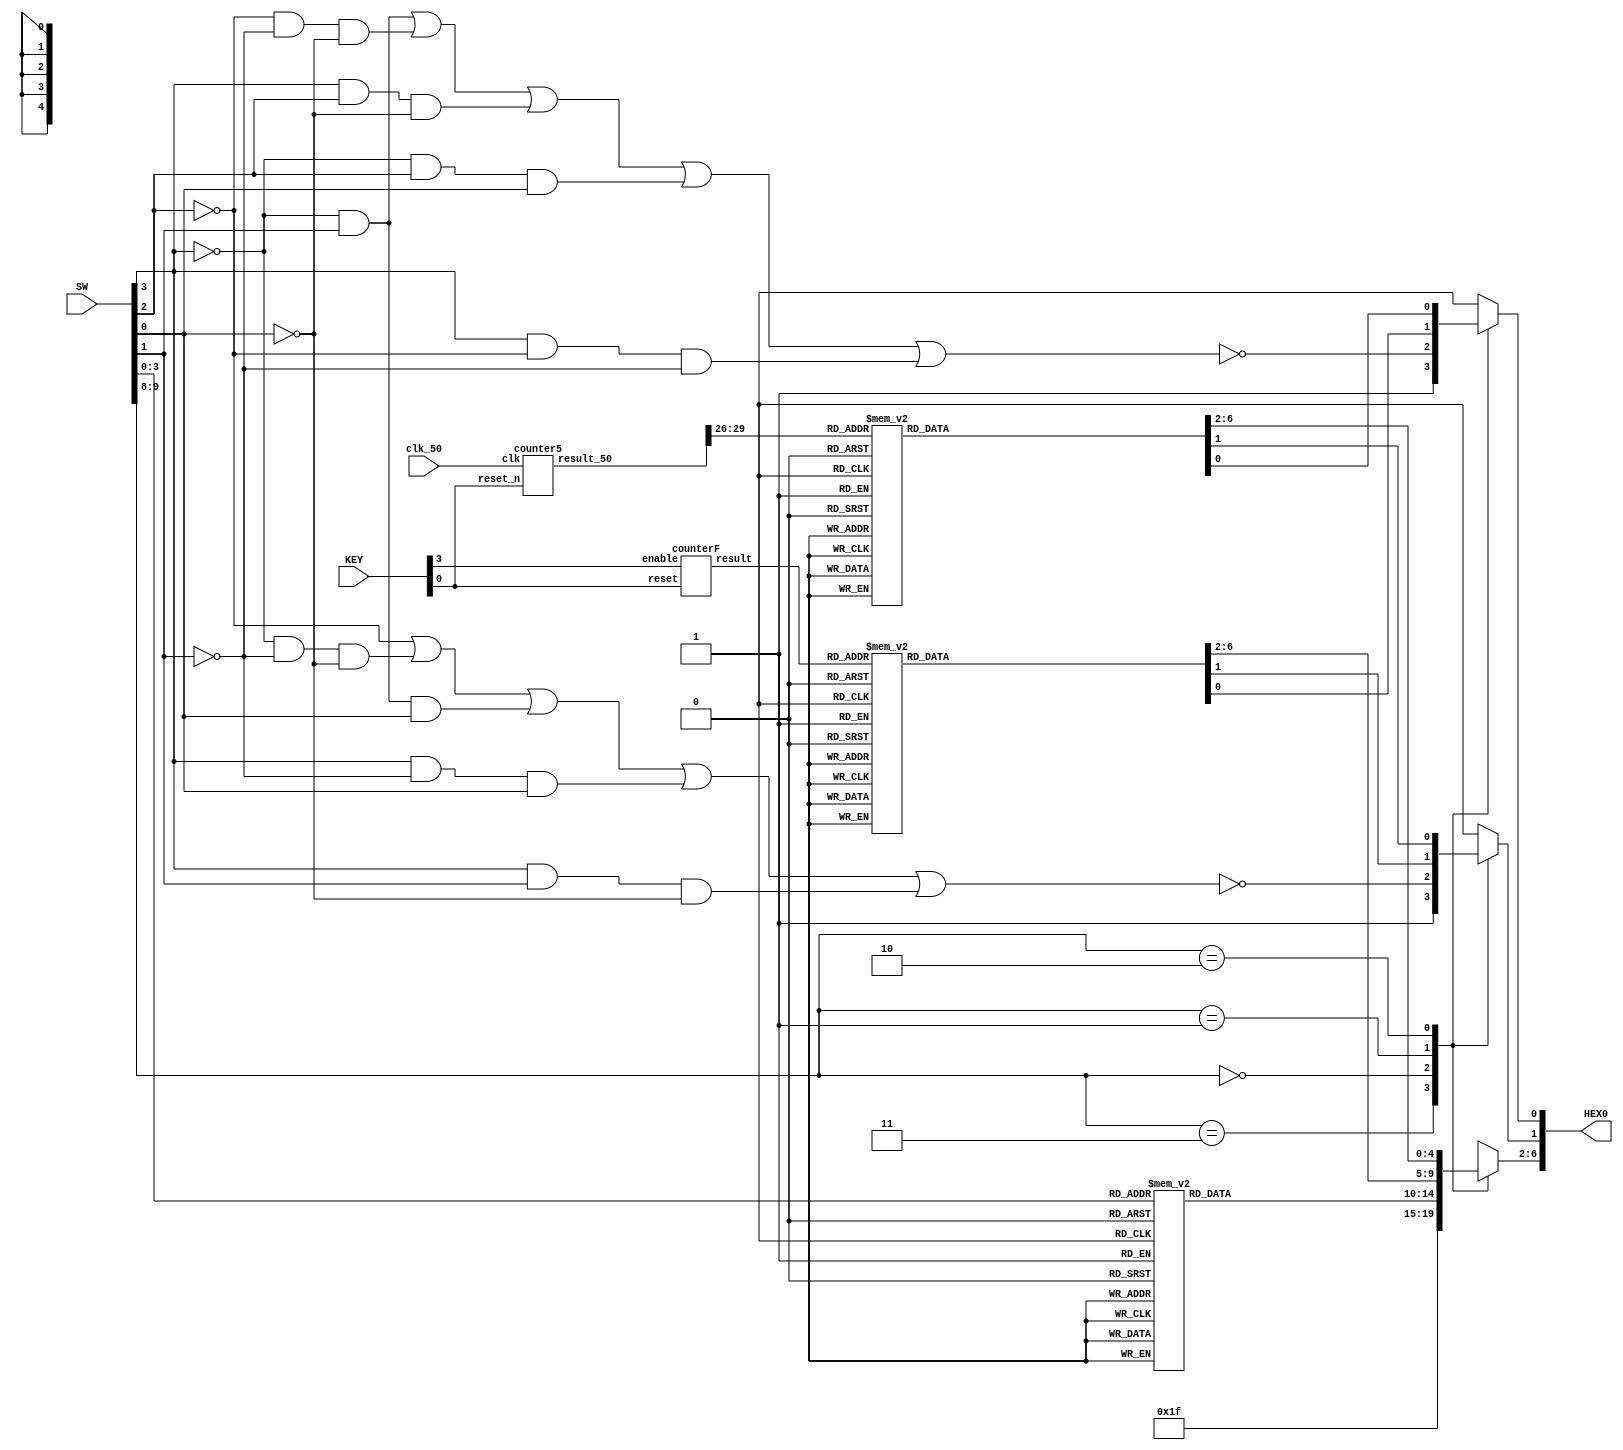
module lab1part3 (input[9:0]SW,input[3:0]KEY,input clk_50,output[6:0] HEX0);
	reg [6:0] reg_LEDs;
	assign HEX0[6:0]=reg_LEDs[6:0];
	wire [3:0] countFour; 		// saves the number of key 3 pressed
	wire [29:0] countFif;      // saves the number of  CLOCK_50 count
	
	counterF count1(.reset(KEY[0]), .enable(KEY[3]), .result(countFour));// call the module
	counter5 count2(.clk(clk_50), .reset_n(KEY[0]),.result_50(countFif));// call the module
	
	
	always@(*)
	begin
		case(SW[9:8])
		
			//SW8 and SW9 both on,HEX shows off.
			2'b11: reg_LEDs[6:0]=7'b1111111;
			
			//SW8 &SW9 both off, show seven segement
			2'b00:
					begin
					reg_LEDs[0]= ~(((~SW[3])&SW[1]) | ((~SW[2])&(~SW[1])&(~SW[0])) | (SW[3]&SW[2]&(~SW[0])) | ((~SW[3])&SW[2]&SW[0]) | (SW[3]&(~SW[2])&(~SW[1])));
					reg_LEDs[1]= ~((~SW[2]) | ((~SW[3])&(~SW[1])&(~SW[0])) | ((~SW[3])&SW[1]&SW[0]) | (SW[3]&(~SW[1])&SW[0]) | (SW[3]&SW[1]&(~SW[0])));						
						/*Output 0= AC +BCD+ ABD+ABD+ABC
						  Output 1= B+ACD + ACD+ AC'D+ACD*/
						
						case (SW[3:0])
							4'b0000: reg_LEDs[6:2]=5'b10000; //7b1000000 decimal 0
							4'b0001: reg_LEDs[6:2]=5'b11110; //7b1111001 decimal 1
							4'b0010: reg_LEDs[6:2]=5'b01001; //7b0100100 decimal 2
							4'b0011: reg_LEDs[6:2]=5'b01100; //7b0110000 decimal 3
							4'b0100: reg_LEDs[6:2]=5'b00110; //7b0011001 decimal 4
							4'b0101: reg_LEDs[6:2]=5'b00100; //7b0010010 decimal 5
							4'b0110: reg_LEDs[6:2]=5'b00000; //7b0000010 decimal 6
							4'b0111: reg_LEDs[6:2]=5'b11110; //7b1111000 decimal 7
							4'b1000: reg_LEDs[6:2]=5'b00000; //7b0000000 decimal 8
							4'b1001: reg_LEDs[6:2]=5'b00100; //7b0010000 decimal 9
							4'b1010: reg_LEDs[6:2]=5'b00100; //7b0010001 decimal y
							4'b1011: reg_LEDs[6:2]=5'b11110; //7b1111001 decimal i
							4'b1100: reg_LEDs[6:2]=5'b00001; //7b0000110 decimal m
							4'b1101: reg_LEDs[6:2]=5'b11110; //7b1111001 decimal i
							4'b1110: reg_LEDs[6:2]=5'b10010; //7b1001000 decimal n
							4'b1111: reg_LEDs[6:2]=5'b11111; //7b1111111 decimal OFF

						endcase
					end
					
			//SW8 is on, SW9 is off,press KEY[3] to count numbers
			2'b01:
					begin		
						case (countFour[3:0])
							4'b0000: reg_LEDs[6:0]=7'b1000000; //decimal 0
							4'b0001: reg_LEDs[6:0]=7'b1111001; //decimal 1
							4'b0010: reg_LEDs[6:0]=7'b0100100; //decimal 2
							4'b0011: reg_LEDs[6:0]=7'b0110000; //decimal 3
							4'b0100: reg_LEDs[6:0]=7'b0011001; //decimal 4
							4'b0101: reg_LEDs[6:0]=7'b0010010; //decimal 5
							4'b0110: reg_LEDs[6:0]=7'b0000010; //decimal 6
							4'b0111: reg_LEDs[6:0]=7'b1111000; //decimal 7
							4'b1000: reg_LEDs[6:0]=7'b0000000; //decimal 8
							4'b1001: reg_LEDs[6:0]=7'b0010000; //decimal 9
							4'b1010: reg_LEDs[6:0]=7'b0010001; //decimal y
							4'b1011: reg_LEDs[6:0]=7'b1111001; //decimal i
							4'b1100: reg_LEDs[6:0]=7'b0000110; //decimal m
							4'b1101: reg_LEDs[6:0]=7'b1111001; //decimal i
							4'b1110: reg_LEDs[6:0]=7'b1001000; //decimal n
							4'b1111: reg_LEDs[6:0]=7'b1111111; //decimal OFF
                        
						endcase
					end
					
			//SW8 is on, SW9 is off,press KEY[3] to count numbers
			2'b10:
					begin
						case (countFif[29:26])//only use most significant four bits which is 29:26
							4'b0000: reg_LEDs[6:0]=7'b1000000; //decimal 0
							4'b0001: reg_LEDs[6:0]=7'b1111001; //decimal 1
							4'b0010: reg_LEDs[6:0]=7'b0100100; //decimal 2
							4'b0011: reg_LEDs[6:0]=7'b0110000; //decimal 3
							4'b0100: reg_LEDs[6:0]=7'b0011001; //decimal 4
							4'b0101: reg_LEDs[6:0]=7'b0010010; //decimal 5
							4'b0110: reg_LEDs[6:0]=7'b0000010; //decimal 6
							4'b0111: reg_LEDs[6:0]=7'b1111000; //decimal 7
							4'b1000: reg_LEDs[6:0]=7'b0000000; //decimal 8
							4'b1001: reg_LEDs[6:0]=7'b0010000; //decimal 9
							4'b1010: reg_LEDs[6:0]=7'b0010001; //decimal y
							4'b1011: reg_LEDs[6:0]=7'b1111001; //decimal i
							4'b1100: reg_LEDs[6:0]=7'b0000110; //decimal m
							4'b1101: reg_LEDs[6:0]=7'b1111001; //decimal i
							4'b1110: reg_LEDs[6:0]=7'b1001000; //decimal n
							4'b1111: reg_LEDs[6:0]=7'b1111111; //decimal OFF
                    
						endcase
					end
					
		endcase
		end
endmodule





module counterF(input reset,enable,output reg[3:0]result);//module the counting for Key3
	always @(posedge enable,negedge reset)begin
		if (~reset)//reset
			result<=4'b0;
		else if (enable)//if press,adding up
			result<=result+1'b1;
		end
endmodule


module counter5(input clk, reset_n, output reg[29:0]result_50);//module the counting for clock_50
	parameter WIDTH=4;
	//2s power of 26 is 67,108,864.
	// that is 1 second (2^26/50e6 = 1.34), if count is using CLOCK 50
	always@(posedge clk, negedge reset_n) begin
		if(~reset_n)begin//reset
			result_50<=30'b0;
		end else begin
			result_50<=result_50+30'b1;
		end	
		end
endmodule